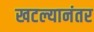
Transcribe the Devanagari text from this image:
खटल्यानंतर